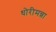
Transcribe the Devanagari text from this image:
धोरीमन्ना